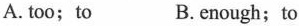
A. too; to B.enough; to